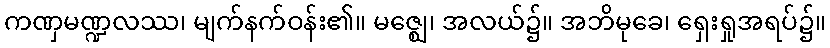
ကဏှမဏ္ဍလဿ၊ မျက်နက်ဝန်း၏။ မဇ္ဈေ၊ အလယ်၌။ အဘိမုခေ၊ ရှေးရှုအရပ်၌။